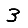
Digit: 3